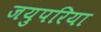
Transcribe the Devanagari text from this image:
जयुपरिया